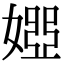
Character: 𡟳